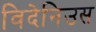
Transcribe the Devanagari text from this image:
विदेनिउस